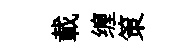
載缠策